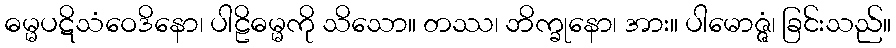
ဓမ္မပဋိသံဝေဒိနော၊ ပါဠိဓမ္မကို သိသော။ တဿ၊ ဘိက္ခုနော၊ အား။ ပါမောဇ္ဇံ၊ ခြင်းသည်။